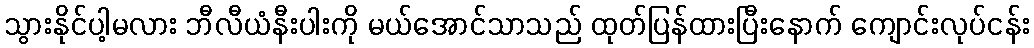
သွားနိုင်ပါ့မလား ဘီလီယံနီးပါးကို မယ်အောင်သာသည် ထုတ်ပြန်ထားပြီးနောက် ကျောင်းလုပ်ငန်း